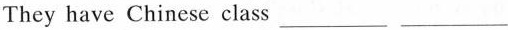
They have Chinese class___ ___